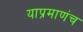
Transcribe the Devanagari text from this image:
याप्रमाणंच